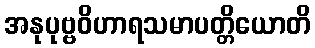
အနုပုဗ္ဗဝိဟာရသမာပတ္တိယောတိ